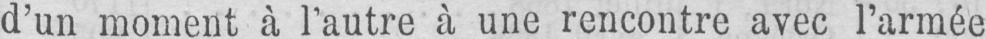
d’un moment à l’autre à une rencontre avec l’armée